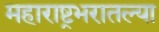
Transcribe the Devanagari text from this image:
महाराष्ट्रभरातल्या